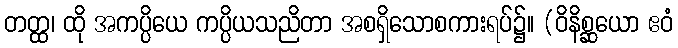
တတ္ထ၊ ထို အကပ္ပိယေ ကပ္ပိယသညိတာ အစရှိသောစကားရပ်၌။ (ဝိနိစ္ဆယော ဧဝံ